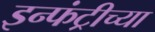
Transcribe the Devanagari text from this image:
इन्फंट्रीच्या